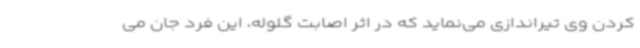
کردن وی تیراندازی می‌نماید که در اثر اصابت گلوله، این فرد جان می‌